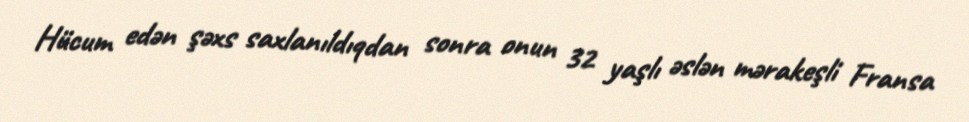
Hücum edən şəxs saxlanıldıqdan sonra onun 32 yaşlı əslən mərakeşli Fransa